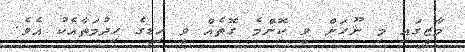
މާޒީގައި މި ނޫހަށް ވީ ކޮންމެ ގޮތެއް ވީ ހިޑީގެ ހިދުމަތާއެކު އެވެ.